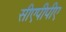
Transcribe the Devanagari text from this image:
सीएपीपीए